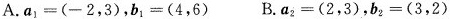
A.$$a_{1}=(-2，3)$$，$$b_{1}=(4，6)$$ B.$$a_{2}=(2，3)$$，$$b_{2}=(3，2)$$